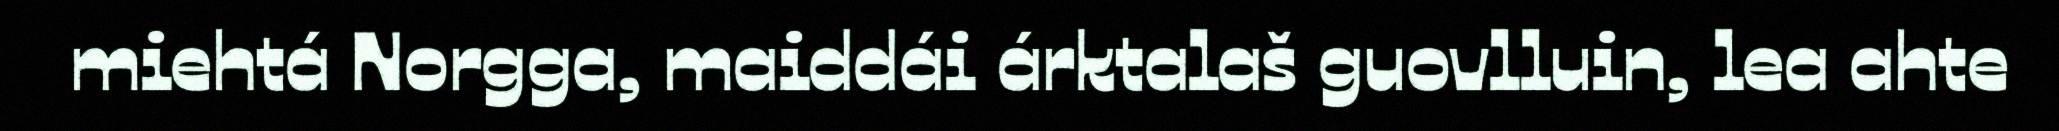
miehtá Norgga, maiddái árktalaš guovlluin, lea ahte